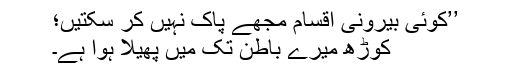
’’کوئی بیرونی اقسام مجھے پاک نہیں کر سکتیں؛
کوڑھ میرے باطن تک میں پھیلا ہوا ہے۔